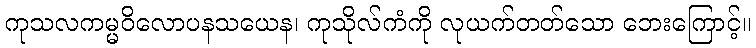
ကုသလကမ္မဝိလောပနသယေန၊ ကုသိုလ်ကံကို လုယက်တတ်သော ဘေးကြောင့်။